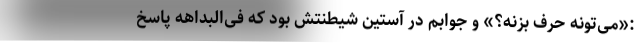
:«می‌تونه حرف بزنه؟» و جوابم در آستین شیطنتش بود که فی‌البداهه پاسخ